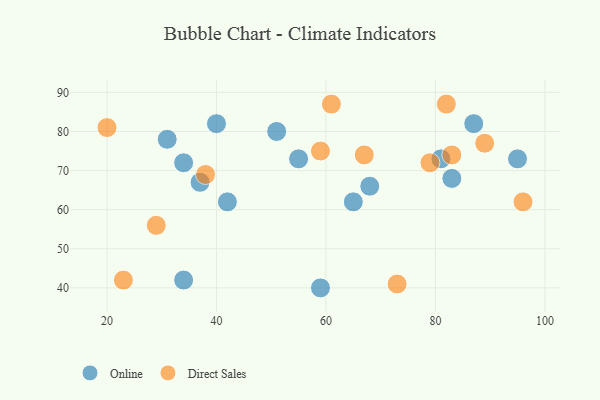
{"axis": {"x": "GDP", "y": "Life Expectancy"}, "legend": ["Direct Sales", "Online"], "data": [{"x": "37", "y": 67, "type": "Online"}, {"x": "87", "y": 82, "type": "Online"}, {"x": "31", "y": 78, "type": "Online"}, {"x": "68", "y": 66, "type": "Online"}, {"x": "59", "y": 40, "type": "Online"}, {"x": "81", "y": 73, "type": "Online"}, {"x": "95", "y": 73, "type": "Online"}, {"x": "42", "y": 62, "type": "Online"}, {"x": "34", "y": 42, "type": "Online"}, {"x": "83", "y": 68, "type": "Online"}, {"x": "40", "y": 82, "type": "Online"}, {"x": "65", "y": 62, "type": "Online"}, {"x": "55", "y": 73, "type": "Online"}, {"x": "34", "y": 72, "type": "Online"}, {"x": "51", "y": 80, "type": "Online"}, {"x": "59", "y": 75, "type": "Direct Sales"}, {"x": "38", "y": 69, "type": "Direct Sales"}, {"x": "67", "y": 74, "type": "Direct Sales"}, {"x": "61", "y": 87, "type": "Direct Sales"}, {"x": "79", "y": 72, "type": "Direct Sales"}, {"x": "73", "y": 41, "type": "Direct Sales"}, {"x": "23", "y": 42, "type": "Direct Sales"}, {"x": "89", "y": 77, "type": "Direct Sales"}, {"x": "20", "y": 81, "type": "Direct Sales"}, {"x": "83", "y": 74, "type": "Direct Sales"}, {"x": "29", "y": 56, "type": "Direct Sales"}, {"x": "96", "y": 62, "type": "Direct Sales"}, {"x": "82", "y": 87, "type": "Direct Sales"}]}